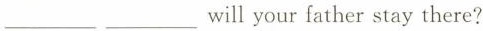
___ ___ will your father stay there?